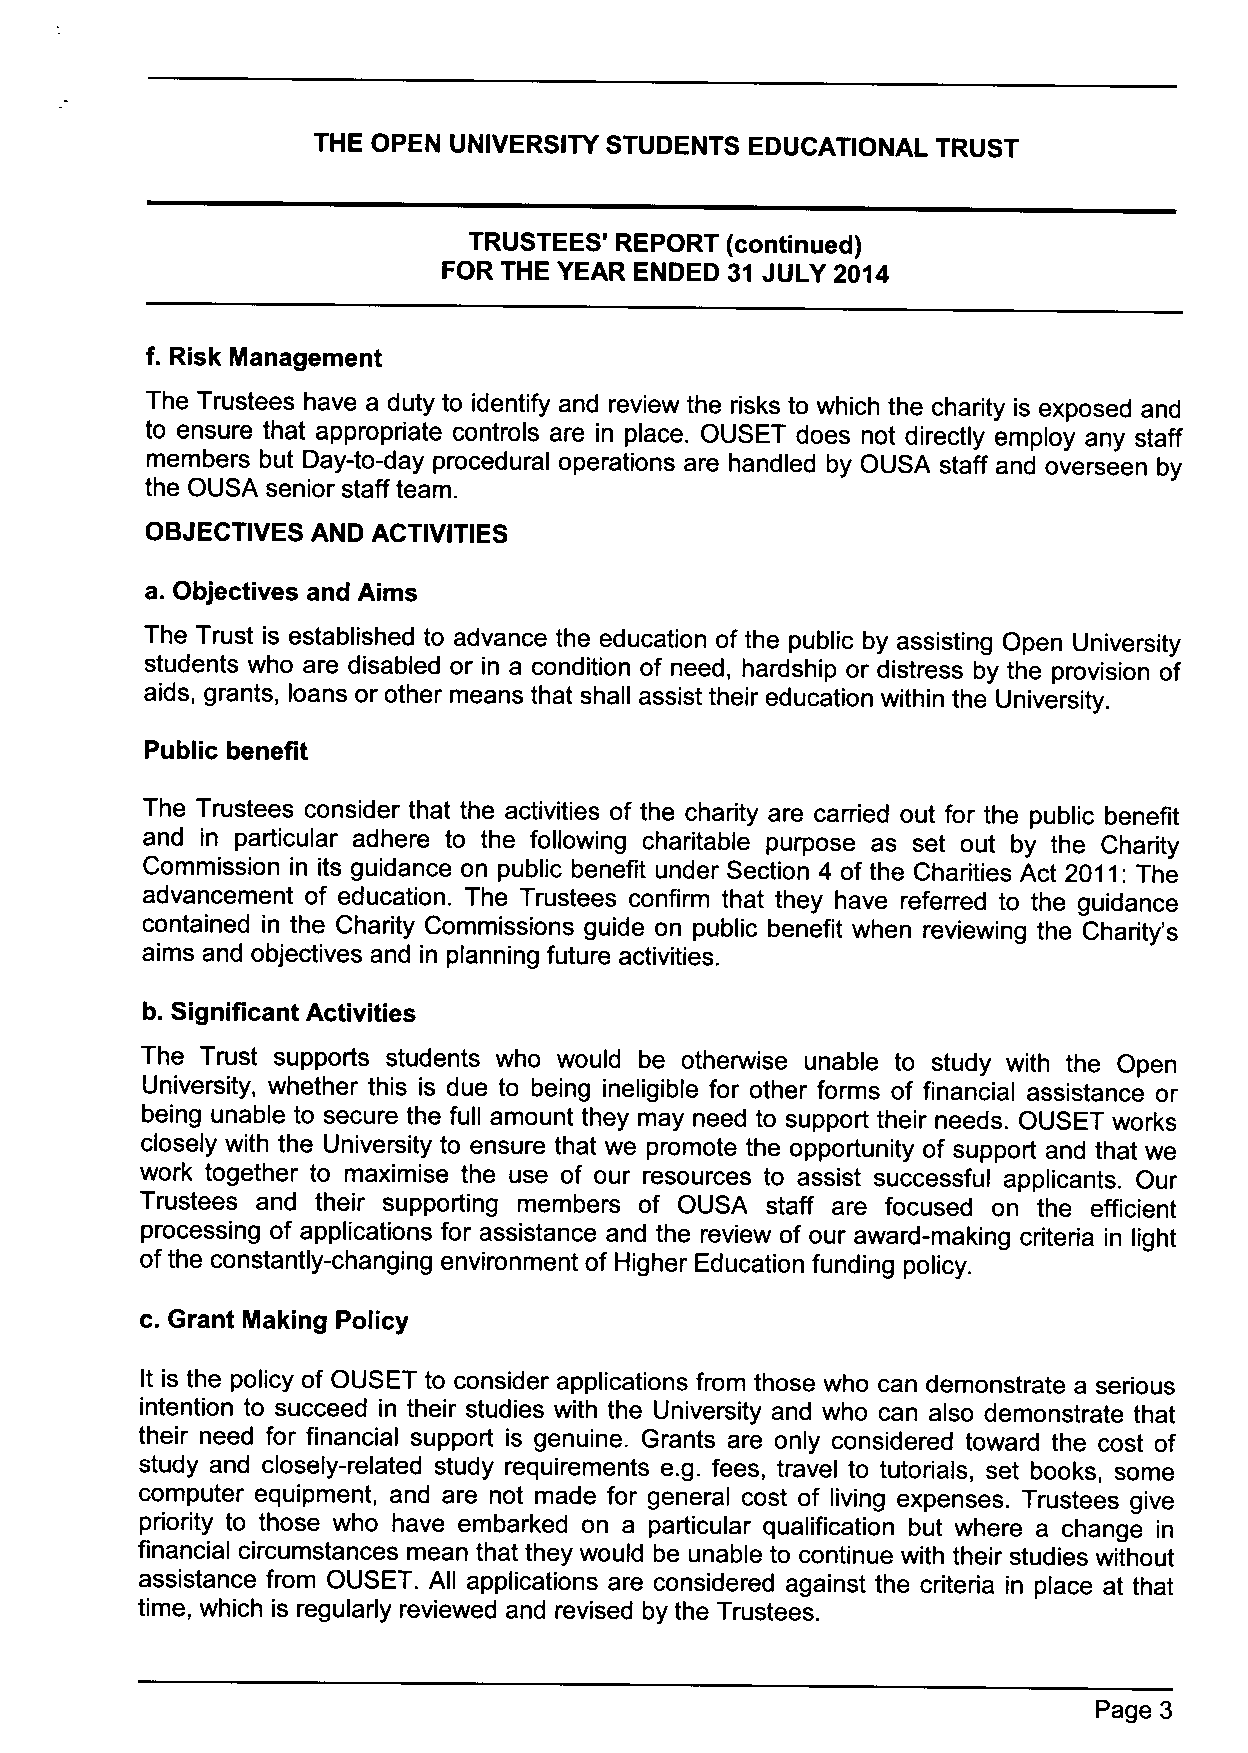
THE OPEN UNIVERSITY STUDENTS EDUCATIONAL TRUST
 TRUSTEES' REPORT (continued)
 FOR THE YEAR ENDED 31 JULY 2014
 f. Risk Management
 The Trustees have a duty to identify and review the risks to which the charity is exposed and
 to ensure that appropriate controls are in place. OUSET does not directly employ any staff
 members but Day-to-day procedural operations are handled by OUSA staff and overseen by
 the OUSA senior staff team.
 OBJECTIVES AND ACTIVITIES
 a. Objectives and Aims
 The Trust is established to advance the education of the public by assisting Open University
 students who are disabled or in a condition of need, hardship or distress by the provision of
 aids, grants, loans or other means that shall assist their education within the University.
 Public benefit
 The Trustees consider that the activities of the charity are carried out for the public benefit
 and in particular adhere to the following charitable purpose as set out by the Charity
 Commission in its guidance on public benefit under Section 4 of the Charities Act 2011:The
 advancement of education. The Trustees confirm that they have referred to the guidance
 contained in the Charity Commissions guide on public benefit when reviewing the Charity's
 aims and objectives and in planning future activities.
 b. Significant Activities
 The Trust supports students who would be otherwise unable to study with the Open
 University, whether this is due to being ineligible for other forms of financial assistance or
 being unable to secure the full amount they may need to support their needs. OUSET works
 closely with the University to ensure that we promote the opportunity of support and that we
 work together to maximise the use of our resources to assist successful applicants. Our
 Trustees and their supporting members of OUSA staff are focused on the efficient
 processing of applications for assistance and the review of our award-making criteria in light
 ofthe constantly-changing environment of Higher Education funding policy.
 c.
 Grant Making Policy
 lt is the policy of OUSET to consider applications from those who can demonstrate a serious
 intention to succeed in their studies with the University and who can also demonstrate that
 their need for financial support is genuine. Grants are only considered toward the cost of
 study and closely-related study requirements e.g. fees, travel to tutorials, set books, some
 computer equipment, and are not made for general cost of living expenses. Trustees give
 priority to those who have embarked on a particular qualification but where a change in
 financial circumstances mean that they would be unable to continue with their studies without
 assistance from OUSET. All applications are considered against the criteria in place at that
 time, which is regularly reviewed and revised by the Trustees.
 Page 3